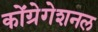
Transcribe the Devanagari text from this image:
कोंग्रेगेशनल